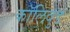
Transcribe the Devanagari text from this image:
कॉलिवुड